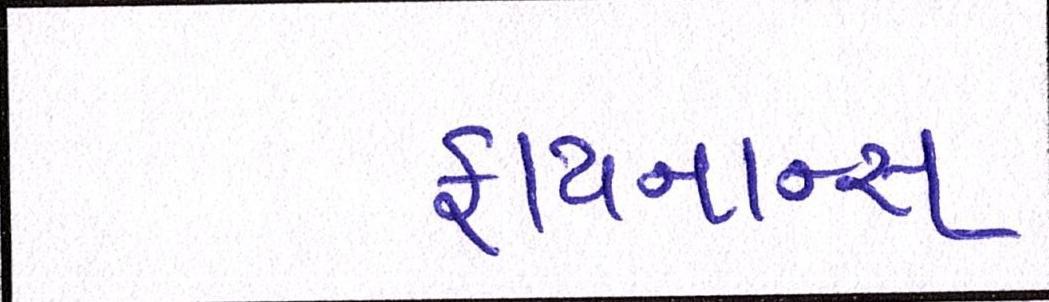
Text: ફાયનાન્સ